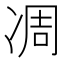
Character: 凋